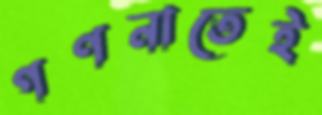
গণনাতেই